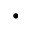
\cdot